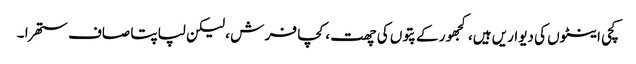
کچی اینٹوں کی دیواریں ہیں، کجھور کے پتوں کی چھت ، کچا فر ش ، لیکن لپاپتا صاف ستھرا ۔